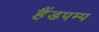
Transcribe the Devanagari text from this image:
हैंडपम्प